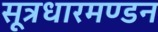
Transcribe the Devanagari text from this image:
सूत्रधारमण्डन